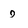
Character: 9